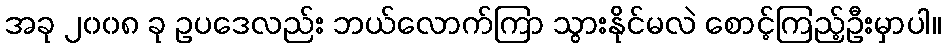
အခု ၂၀၀၈ ခု ဥပဒေလည်း ဘယ်လောက်ကြာ သွားနိုင်မလဲ စောင့်ကြည့်ဦးမှာပါ။